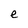
Character: e